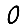
Digit: 0